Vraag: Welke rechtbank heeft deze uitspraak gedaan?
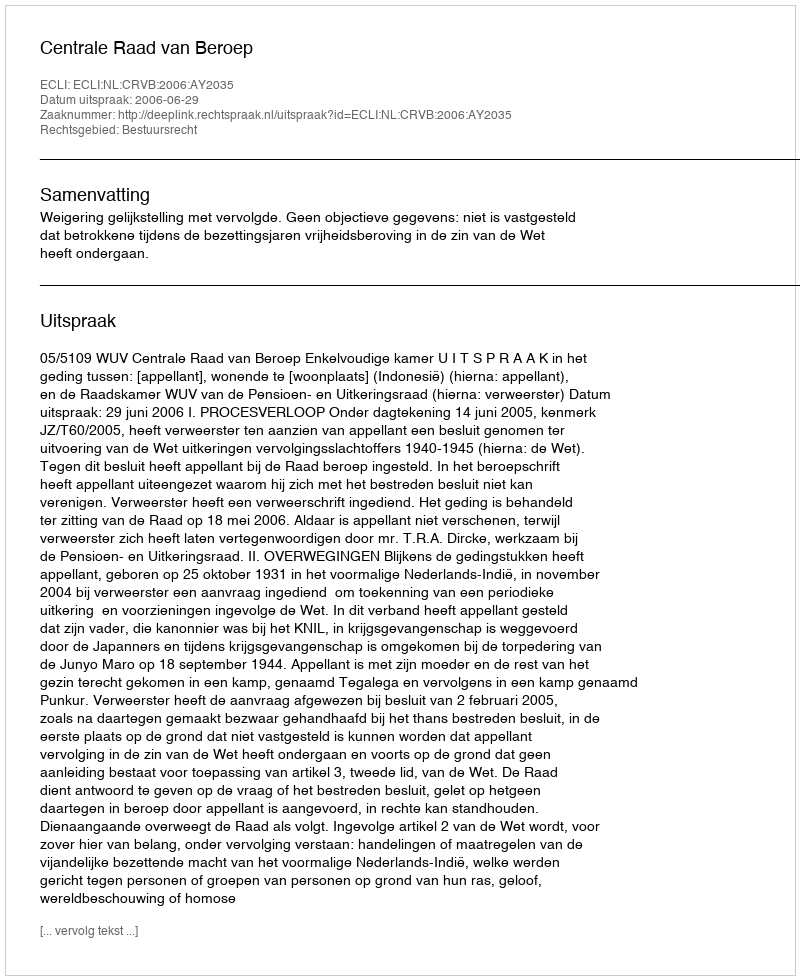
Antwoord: Centrale Raad van Beroep